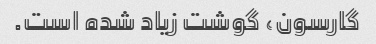
گارسون، گوشت زیاد شده است.